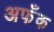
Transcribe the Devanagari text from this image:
अफँक